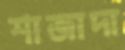
শাজাদা